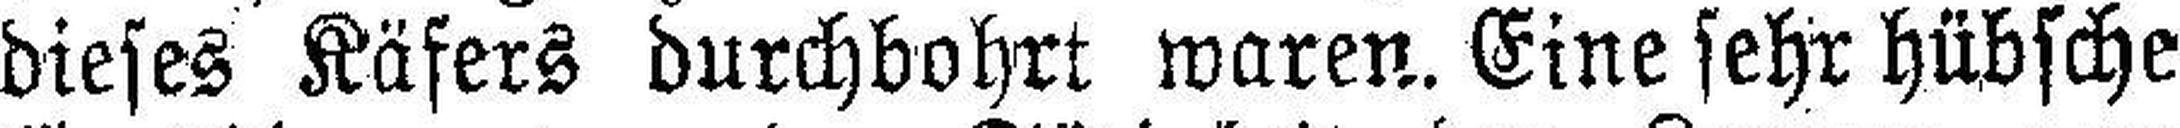
dieses Käfers durchbohrt waren. Eine sehr hübsche